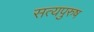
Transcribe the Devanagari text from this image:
सत्यपुरुष